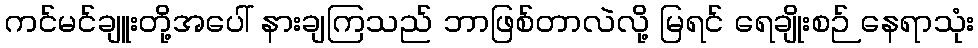
ကင်မင်ချူးတို့အပေါ် နားချကြသည် ဘာဖြစ်တာလဲလို့ မြရင် ရေချိုးစဉ် နေရာသုံး